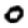
Digit: 0